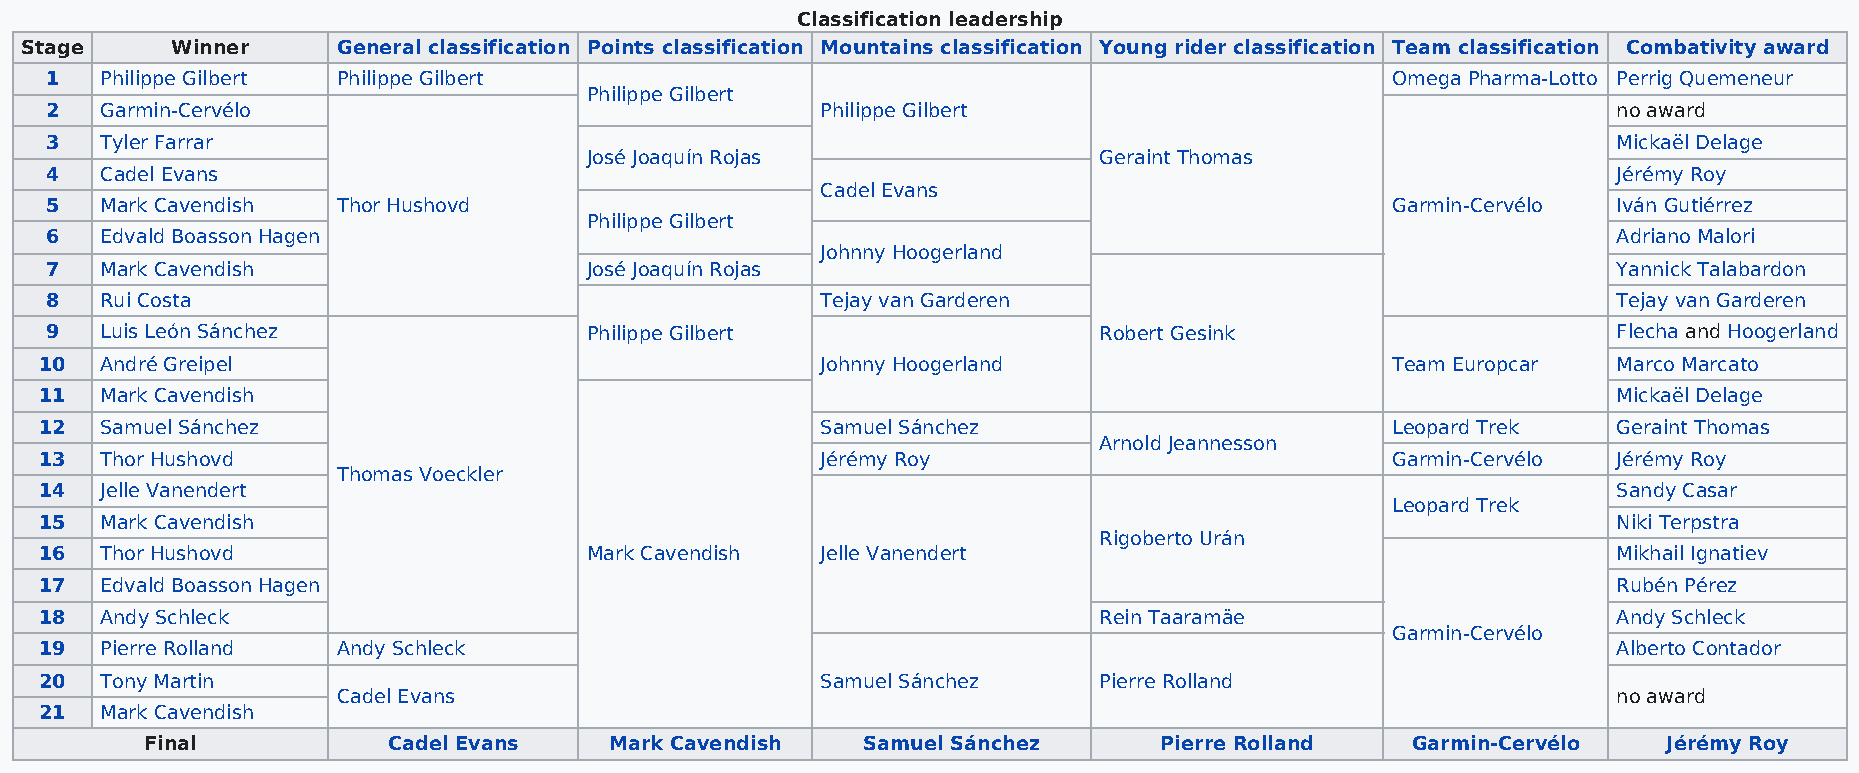
Classification leadership
 Stage     Winner     General classification Points classification Mountains classification Young rider classification Team classification Combativity award
 1   Philippe Gilbert Philippe Gilbert                                                    Omega Pharma-Lotto Perrig Quemeneur
 Philippe Gilbert
 2   Garmin-Cervélo                                 Philippe Gilbert                                     no award
 3   Tyler Farrar                                                                                        Mickaël Delage
 José Joaquín Rojas                Geraint Thomas
 4   Cadel Evans                                                                                         Jérémy Roy
 Cadel Evans
 5   Mark Cavendish Thor Hushovd                                                          Garmin-Cervélo Iván Gutiérrez
 Philippe Gilbert
 6   Edvald Boasson Hagen                                                                                Adriano Malori
 Johnny Hoogerland
 7   Mark Cavendish                  José Joaquín Rojas                                                  Yannick Talabardon
 8   Rui Costa                                      Tejay van Garderen                                   Tejay van Garderen
 9   Luis León Sánchez               Philippe Gilbert                  Robert Gesink                     Flecha and Hoogerland
 10  André Greipel                                  Johnny Hoogerland                     Team Europcar  Marco Marcato
 11  Mark Cavendish                                                                                      Mickaël Delage
 12  Samuel Sánchez                                 Samuel Sánchez                        Leopard Trek   Geraint Thomas
 Arnold Jeannesson
 13  Thor Hushovd                                   Jérémy Roy                            Garmin-Cervélo Jérémy Roy
 Thomas Voeckler
 14  Jelle Vanendert                                                                                     Sandy Casar
 Leopard Trek
 15  Mark Cavendish                                                                                      Niki Terpstra
 Rigoberto Urán
 16  Thor Hushovd                    Mark Cavendish Jelle Vanendert                                      Mikhail Ignatiev
 17  Edvald Boasson Hagen                                                                                Rubén Pérez
 18  Andy Schleck                                                      Rein Taaramäe                     Andy Schleck
 Garmin-Cervélo
 19  Pierre Rolland Andy Schleck                                                                         Alberto Contador
 20  Tony Martin                                    Samuel Sánchez     Pierre Rolland
 Cadel Evans                                                                          no award
 21  Mark Cavendish
 Final           Cadel Evans   Mark Cavendish   Samuel Sánchez      Pierre Rolland  Garmin-Cervélo   Jérémy Roy